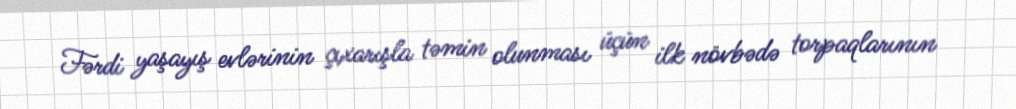
Fərdi yaşayış evlərinin çıxarışla təmin olunması üçün ilk növbədə torpaqlarının